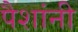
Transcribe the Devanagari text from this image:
पैशांनी